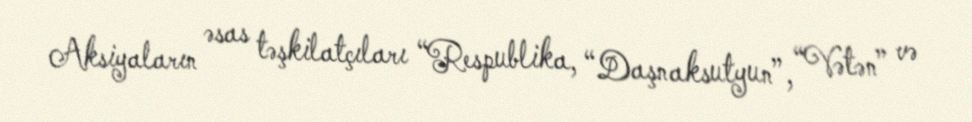
Aksiyaların əsas təşkilatçıları “Respublika, “Daşnaksutyun”, “Vətən” və